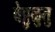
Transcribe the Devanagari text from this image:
वेट्टुळुतु